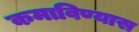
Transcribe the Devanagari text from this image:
कमाविण्यास